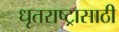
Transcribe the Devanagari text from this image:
धृतराष्ट्रासाठी